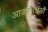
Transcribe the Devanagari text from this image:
आक्रान्ताऔ